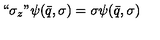
` ` \sigma _ { z } " \psi ( \bar { q } , \sigma ) = \sigma \psi ( \bar { q } , \sigma )